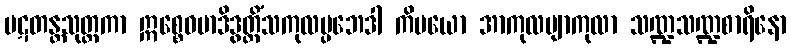
ပဋတန္တသုတ္တကာ ဣစ္စေဝမာဒိဒွတ္တိံသကုလပ္ပဘေဒါ ကိမယော အာကုလဗျာကုလာ သဏ္ဍသဏ္ဍစာရိနော